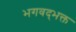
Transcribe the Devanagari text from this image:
भगवद्‌भक्त